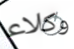
وكلاء